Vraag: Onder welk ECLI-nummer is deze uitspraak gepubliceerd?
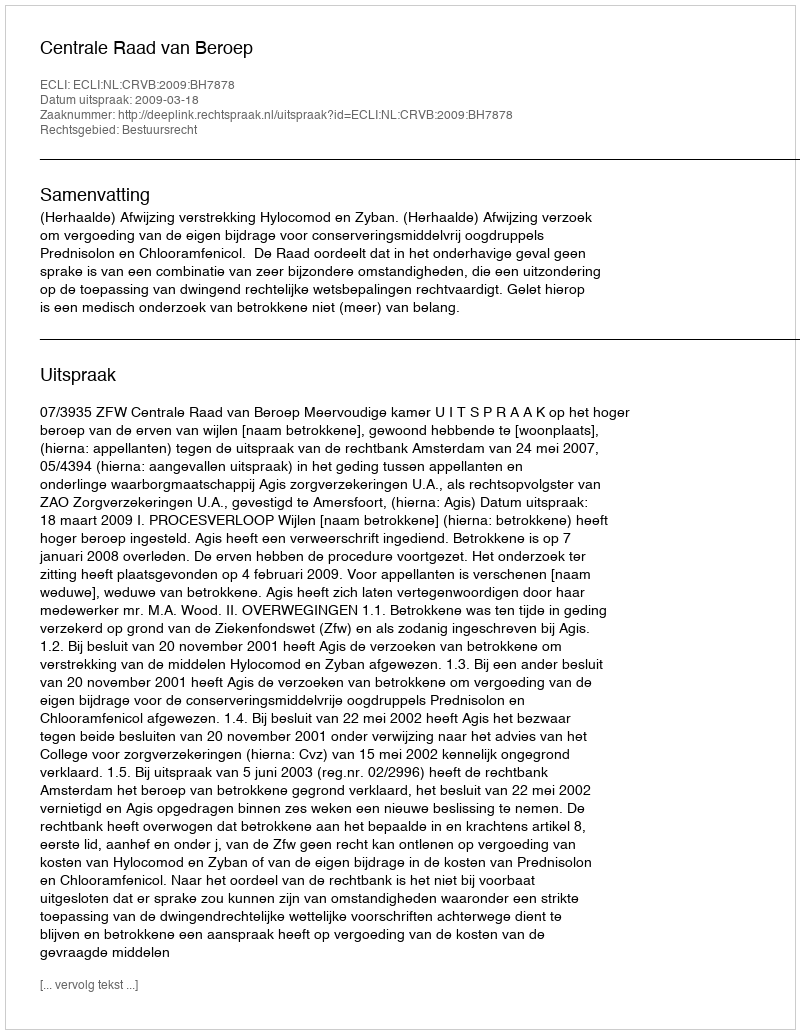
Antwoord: ECLI:NL:CRVB:2009:BH7878